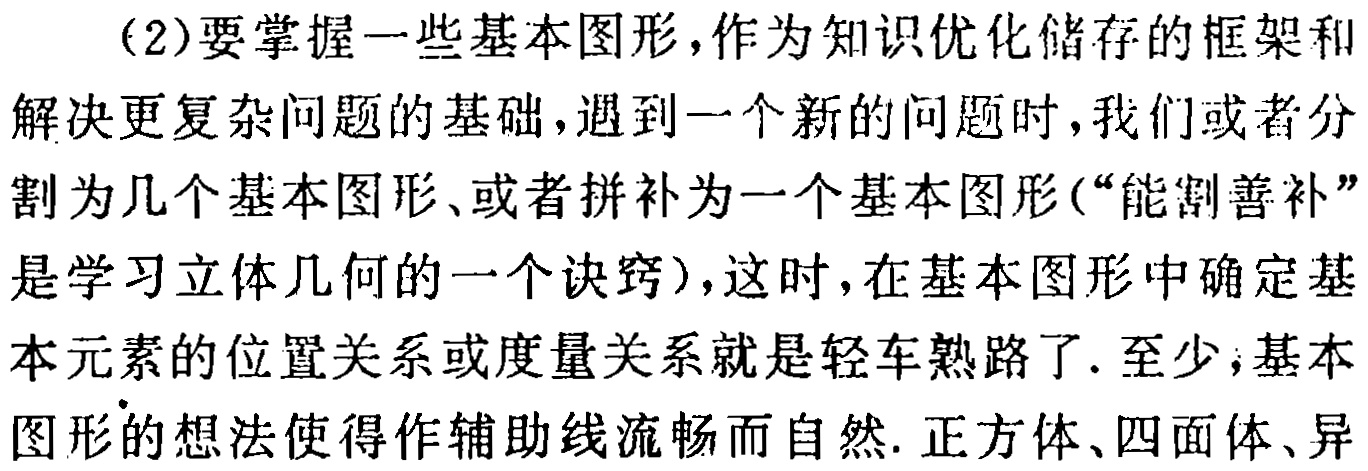
(2)要掌握一些基本图形,作为知识优化储存的框架和解决更复杂问题的基础,遇到一个新的问题时,我们或者分割为几个基本图形、或者拼补为一个基本图形(“能割善补”是学习立体几何的一个诀窍),这时,在基本图形中确定基本元素的位置关系或度量关系就是轻车熟路了. 至少,基本图形的想法使得作辅助线流畅而自然. 正方体、四面体、异